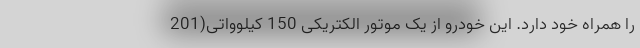
را همراه خود دارد. این خودرو از یک موتور الکتریکی 150 کیلوواتی(201